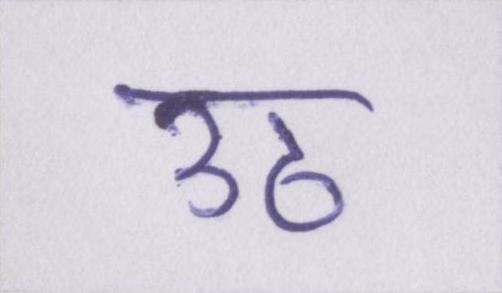
उठ